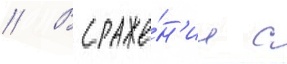
// В сраже́н'ии с